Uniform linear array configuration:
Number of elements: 48
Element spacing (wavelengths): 0.25
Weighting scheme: hamming
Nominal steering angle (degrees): -30
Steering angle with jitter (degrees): -31.955
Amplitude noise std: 0.05
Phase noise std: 0.05

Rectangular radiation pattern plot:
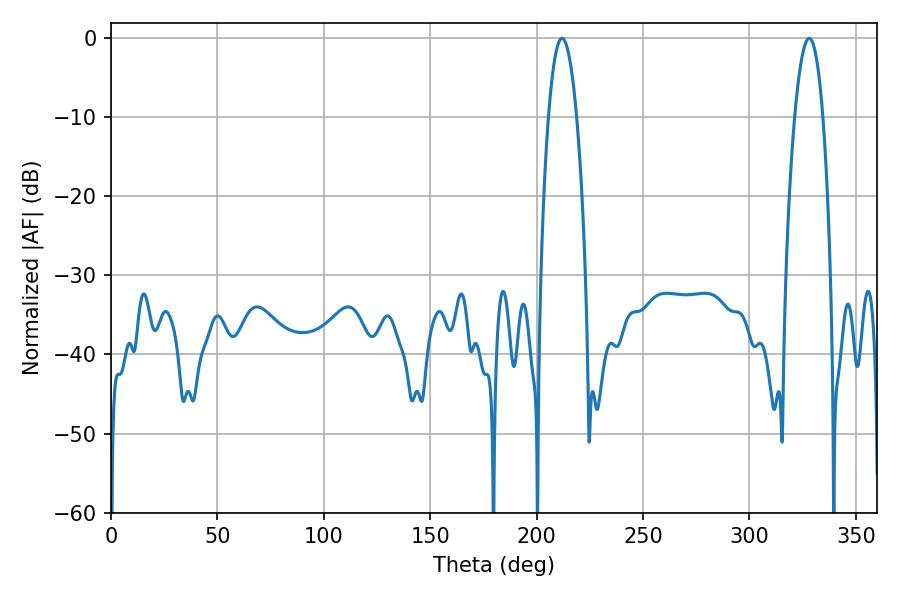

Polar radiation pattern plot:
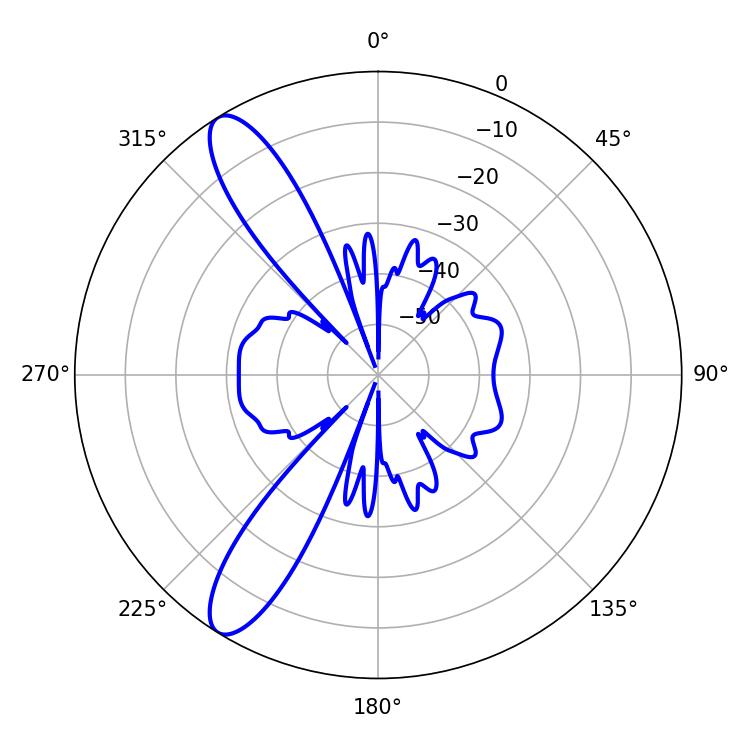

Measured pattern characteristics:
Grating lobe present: FALSE
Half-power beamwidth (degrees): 7.38
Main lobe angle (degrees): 328.14